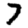
Digit: 7